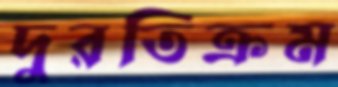
দুরতিক্রম